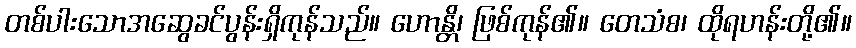
တစ်ပါးသောအဆွေခင်ပွန်းရှိကုန်သည်။ ဟောန္တိ၊ ဖြစ်ကုန်၏။ တေသံစ၊ ထိုရဟန်းတို့၏။